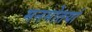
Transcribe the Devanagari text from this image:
मनमोतयां